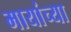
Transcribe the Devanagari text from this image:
मायांच्या